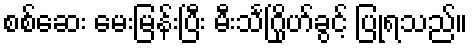
စစ်ဆေး မေးမြန်းပြီး မီးသင်္ဂြိုဟ်ခွင့် ပြုရသည်။